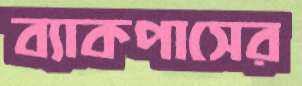
ব্যাকপাসের